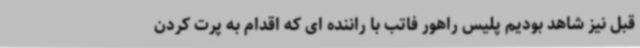
قبل نیز شاهد بودیم پلیس راهور فاتب با راننده ای که اقدام به پرت کردن